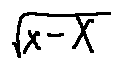
\sqrt { x - X }